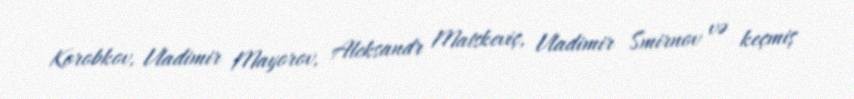
Korobkov, Vladimir Mayorov, Aleksandr Matskeviç, Vladimir Smirnov və keçmiş